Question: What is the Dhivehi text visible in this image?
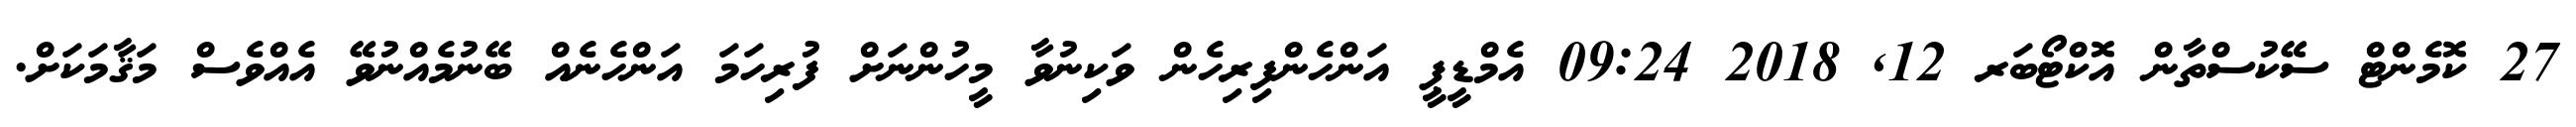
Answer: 27 ކޮމެންޓް ސޭކުސްތާން އޮކްޓޯބަރ 12, 2018 09:24 އެމްޑީޕީ އަންހެންފިރިހެން ވަކިނުވާ މީހުންނަށް ފުރިހަމަ އަންހެނެއް ބޭނުމެއްނުވޭ އެއްވެސް މަޤާމަކަށް.